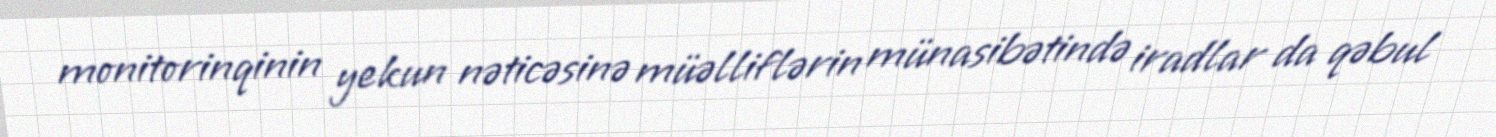
monitorinqinin yekun nəticəsinə müəlliflərin münasibətində iradlar da qəbul